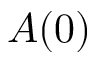
A ( 0 )